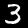
Digit: 3